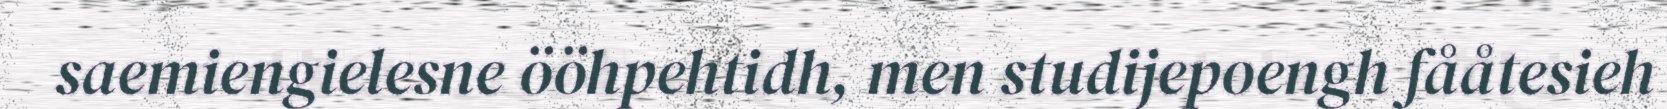
saemiengielesne ööhpehtidh, men studijepoengh fååtesieh